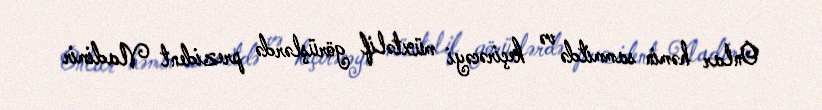
Onlar həmin sammitdə və keçirəcəyi müxtəlif görüşlərdə prezident Vladimir